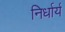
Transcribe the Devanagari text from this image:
निर्धार्य